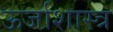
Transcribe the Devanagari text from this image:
ऊर्जाशास्त्र